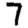
Digit: 7